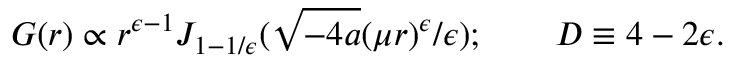
G ( r ) \propto r ^ { \epsilon - 1 } J _ { 1 - 1 / \epsilon } ( \sqrt { - 4 a } ( \mu r ) ^ { \epsilon } / \epsilon ) ; \qquad D \equiv 4 - 2 \epsilon .